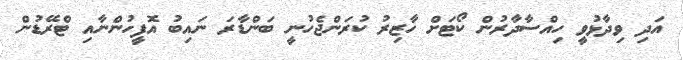
އަދި ވިދާޅުވީ ހިއްސާދާރުން ކޯޓަށް ހާޒިރު ކުރަންޖެހުނީ ބަންޑާރަ ނައިބު އޮފީހުންނާއި ޓްރޭޑުން